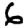
Digit: 6